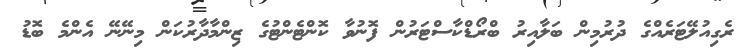
ރެގިއުލޭޓަރެއްގެ ދުރުމިން ބަލާއިރު ބްރޯޑްކާސްޓަރުން ފޮނުވާ ކޮންޓެންޓުގެ ޒިންމާދާރުކަން މިނޭނޭ އެންމެ ބޮޑު